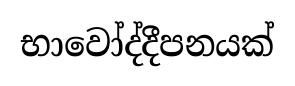
භාවෝද්දීපනයක්